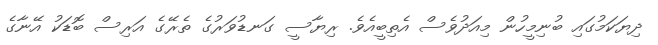
ދިޔަކަމުގައި ބުނިމީހުން މިއަދުވެސް އެތިބީއެވެ. ރިޔާސީ ގަނޑުވަރުގެ ތެރޭގެ އަރިސް ބޮޑަކު އޭނާގެ